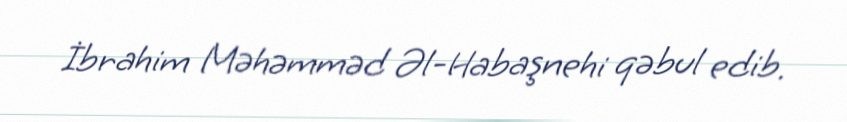
İbrahim Məhəmməd Əl-Habaşnehi qəbul edib.